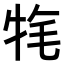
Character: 𤙚